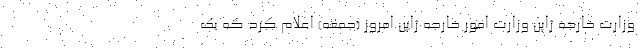
وزارت خارجه ژاپن وزارت امور خارجه ژاپن امروز (جمعه) اعلام کرد که یک